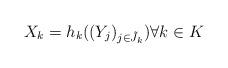
LaTeX: \begin{align*} X_k= h_k((Y_j)_{j \in \tilde{J}_k}) \forall k \in K\end{align*}